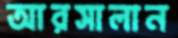
আরসালান